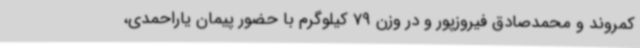
کمروند و محمدصادق فیروزپور و در وزن 79 کیلوگرم با حضور پیمان یاراحمدی،